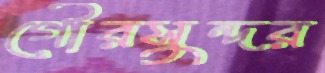
গৌরসুন্দর